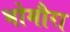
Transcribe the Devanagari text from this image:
भोमौरा